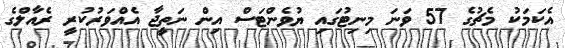
އެކަަމަކު މެޗުގެ 57 ވަނަ މިނިޓުގައި ޔުވެންޓަސް އިން ނަތީޖާ އެއްވަރުކުރީ ރެއާލްގެ